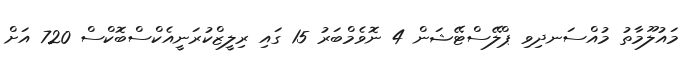
މައުލޫމާތު މުއްސަނދިވި ޕްލޭސްޓޭޝަން 4 ނޮވެމްބަރު 15 ގައި ރިލީޒްކުރަނީއެކްސްބޮކްސް 720 އަށް